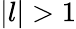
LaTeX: |l|>1